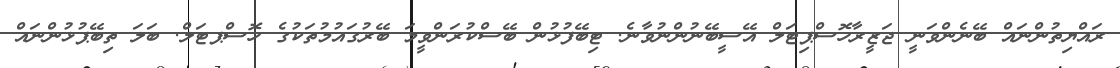
ރައްޔިތުންނައް ބޭނެންވަނީ ޖަޒީރާހޮސްޕިޓަލް އޭސީބޭނުންނުވާނެ. ޓިބޭފުޅުން ބޭސްކުރަންވީމަ ބޭރުގައުމުތަކުގެ ހޮސްޕޓަލް. ބަލަ ތިބޭޕުޅުންނައް